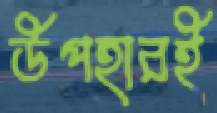
উপহারই